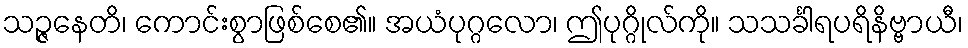
သဉ္ဇနေတိ၊ ကောင်းစွာဖြစ်စေ၏။ အယံပုဂ္ဂလော၊ ဤပုဂ္ဂိုလ်ကို။ သသင်္ခါရပရိနိဗ္ဗာယီ၊